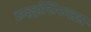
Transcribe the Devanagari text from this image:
हाइड्रोसिफलस